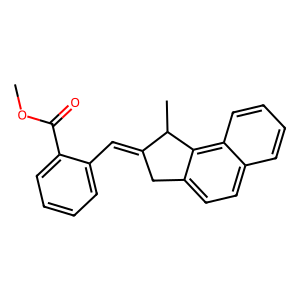
SMILES: COC(=O)c1ccccc1C=C1Cc2ccc3ccccc3c2C1C
Inhibits HIV replication: No